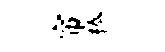
帘榛